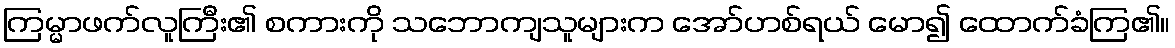
ကြမ္မာဖက်လူကြီး၏ စကားကို သဘောကျသူများက အော်ဟစ်ရယ် မော၍ ထောက်ခံကြ၏။